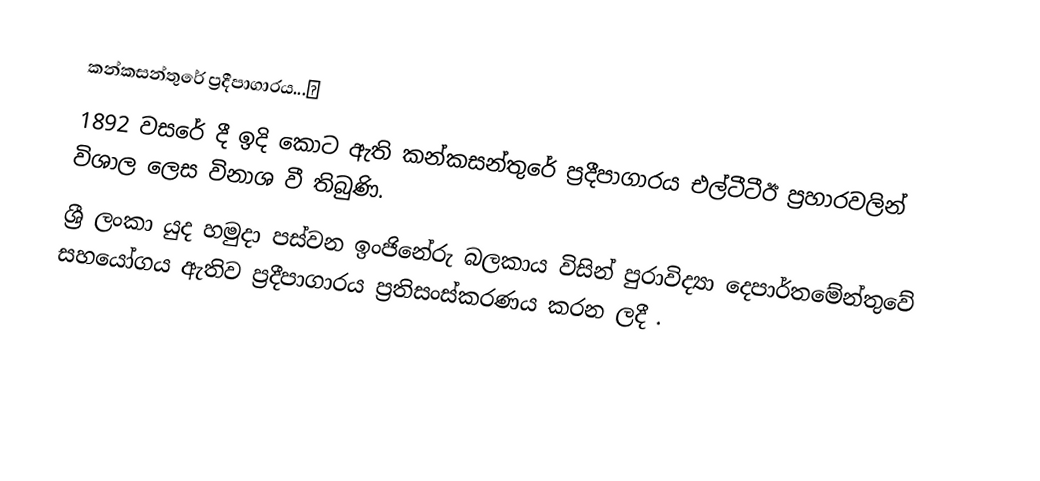
කන්කසන්තුරේ ප්‍රදීපාගාරය...✍️
1892 වසරේ දී ඉදි කොට ඇති කන්කසන්තුරේ ප්‍රදීපාගාරය එල්ටීටීඊ ප්‍රහාරවලින් විශාල ලෙස විනාශ වී තිබුණි.
ශ්‍රී ලංකා යුද හමුදා පස්වන ඉංජිනේරු බලකාය විසින් පුරාවිද්‍යා දෙපාර්තමේන්තුවේ සහයෝගය ඇතිව ප්‍රදීපාගාරය ප්‍රතිසංස්කරණය කරන ලදී .